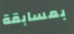
بمسابقة